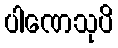
ပါဏေသုပိ